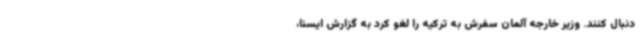
دنبال کنند. وزیر خارجه آلمان سفرش به ترکیه را لغو کرد به گزارش ایسنا،